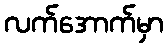
လက်အောက်မှာ